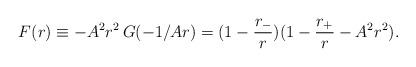
\begin{align*}F(r)\equiv -A^2r^2\,G(-1/Ar)=(1-\frac{r_-}{r})(1-\frac{r_+}{r}-A^2r^2).\end{align*}